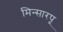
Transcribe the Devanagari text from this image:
मिन्सारपू